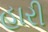
હારી